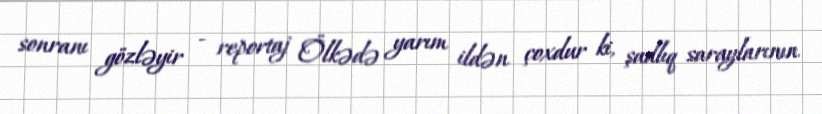
sonranı gözləyir - reportaj Ölkədə yarım ildən çoxdur ki, şadlıq saraylarının